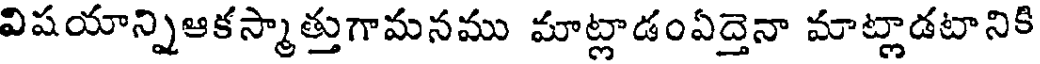
విషయాన్నిఆకస్మాత్తుగామనము మాట్లాడంఏద్తెనా మాట్లాడటానికి